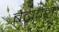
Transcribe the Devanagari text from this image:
बेट्रावल